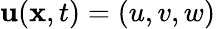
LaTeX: \mathbf{u}(\mathbf{x},t)=\left(u,v,w\right)